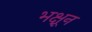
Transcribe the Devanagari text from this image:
भक्षून